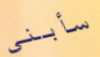
سأبني